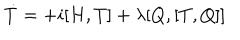
\dot { T } = + i [ H , T ] + \lambda [ Q , [ T , Q ] ]